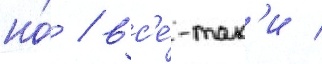
но́ / вс'е́-так'и /